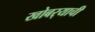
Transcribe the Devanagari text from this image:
खोबर्‍याची